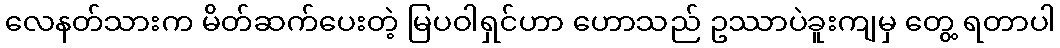
လေနတ်သားက မိတ်ဆက်ပေးတဲ့ မြပဝါရှင်ဟာ ဟောသည် ဥဿာပဲခူးကျမှ တွေ့ ရတာပါ